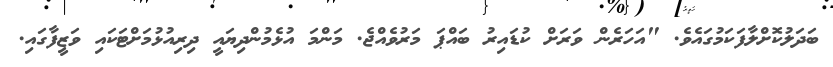
ބަދަލުކޮށްލާފަކަމުގައެވެ. "އަހަރެން ވަރަށް ކުޑައިރު ބައްޕަ މަރުވެއްޖެ. މަންމަ އުޅެމުންދިޔައީ ދިރިއުޅުމަށްޓަކައި ވަޒީފާގައި.